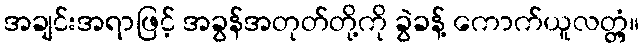
အချင်းအရာဖြင့် အခွန်အတုတ်တို့ကို ခွဲခန့် ကောက်ယူလတ္တံ့။